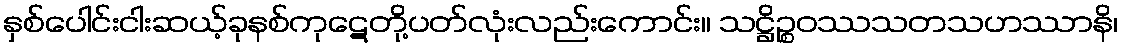
နှစ်ပေါင်းငါးဆယ့်ခုနစ်ကုဋေတို့ပတ်လုံးလည်းကောင်း။ သဋ္ဌိဉ္စဝဿသတသဟဿာနိ၊